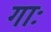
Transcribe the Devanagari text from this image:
गाः